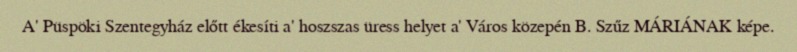
A' Püspöki Szentegyház előtt ékesíti a' hoszszas üress helyet a' Város közepén B. Szűz MÁRIÁNAK képe.